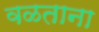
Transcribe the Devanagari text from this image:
वळताना